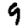
Digit: 9